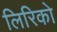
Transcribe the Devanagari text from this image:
लिरिको